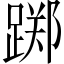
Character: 踯